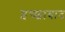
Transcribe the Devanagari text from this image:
इच्छावाद